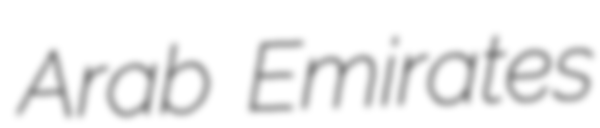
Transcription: Arab Emirates